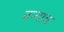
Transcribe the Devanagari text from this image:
बऱ्‍याच